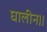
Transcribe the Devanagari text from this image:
घालीन।।